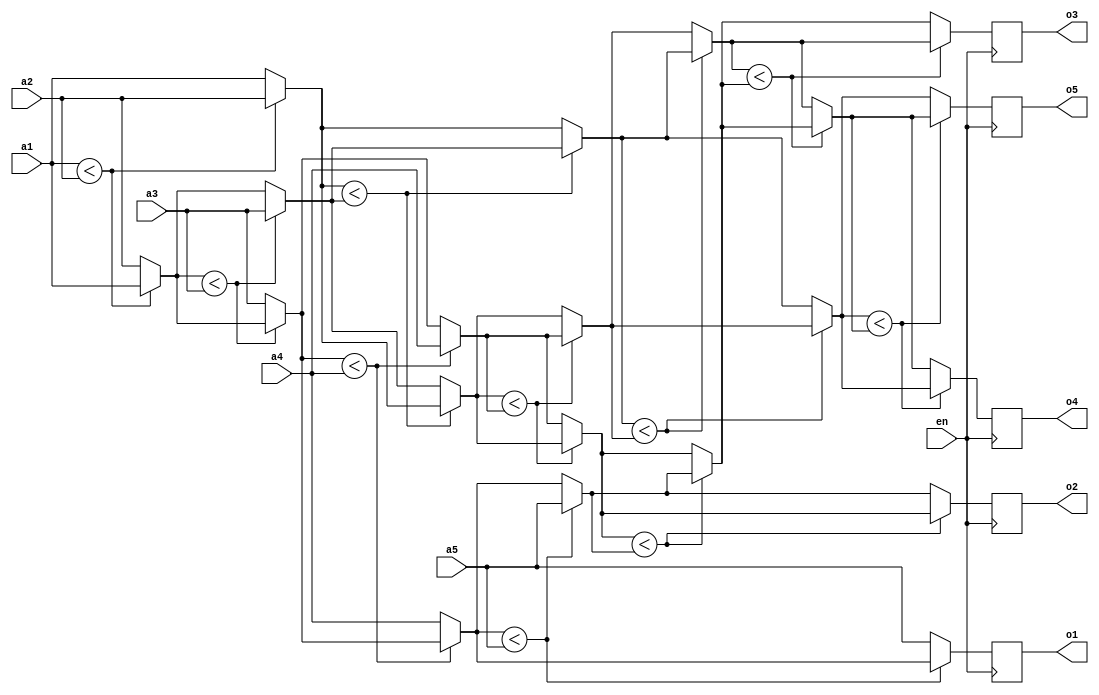
//ECE: 6370
//sorting algorithm

module sort ( en, a1, a2, a3, a4, a5, o1, o2, o3, o4, o5);
  input [3:0] a1, a2, a3, a4, a5;
  output [3:0] o1, o2, o3, o4, o5;
  input en;
  integer i, j;
  reg [3:0] temp;
  reg [3:0] array [1:5];
 
  always @(posedge en)
  begin
  array[1] = a1;
  array[2] = a2;
  array[3] = a3;
  array[4] = a4;
  array[5] = a5;
  for (i = 5; i > 0; i = i - 1) begin
    for (j = 1 ; j < i; j = j + 1) begin
        if (array[j] < array[j + 1])
          begin
            temp = array[j];
            array[j] = array[j + 1];
            array[j + 1] = temp;
          end 
    end
  end
  end
      assign o5 = array[1];
      assign o4 = array[2];
      assign o3 = array[3];
      assign o2 = array[4];
      assign o1 = array[5];
  endmodule